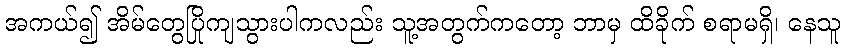
အကယ်၍ အိမ်တွေပြိုကျသွားပါကလည်း သူ့အတွက်ကတော့ ဘာမှ ထိခိုက် စရာမရှိ၊ နေသူ